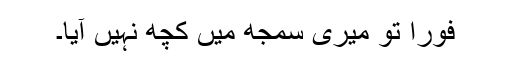
فوراً تو میری سمجھ میں کچھ نہیں آیا۔